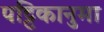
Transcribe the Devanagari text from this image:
पट्टिकानुमा